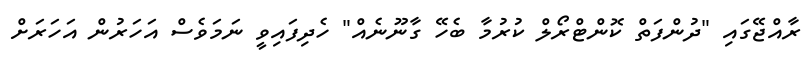
ރާއްޖޭގައި "ދުންފަތް ކޮންޓްރޯލް ކުރުމާ ބެހޭ ގާނޫނެއް" ހެދިފައިވީ ނަމަވެސް އަހަރުން އަހަރަށް